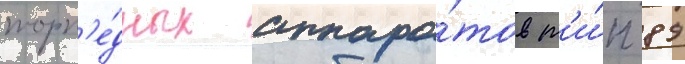
торп'е́дных аппара́тов т'и́п 89